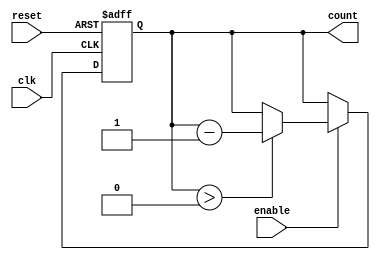
module down_counter (
    input wire clk,        // Clock signal
    input wire reset,      // Asynchronous reset signal
    input wire enable,     // Enable signal for counting down
    output reg [N-1:0] count // Current count value
);
    parameter N = 4; // Number of bits for the counter (adjust as needed)
    localparam MAX_COUNT = (1 << N) - 1; // Maximum value for N-bit counter

    // Asynchronous reset and counting logic
    always @(posedge clk or posedge reset) begin
        if (reset) begin
            count <= MAX_COUNT; // Reset to maximum value
        end else if (enable) begin
            if (count > 0) begin
                count <= count - 1; // Decrement count
            end
            // If count is 0, it holds the value (no wrap-around)
        end
    end

    // Initialize count to maximum value
    initial begin
        count = MAX_COUNT;
    end
endmodule